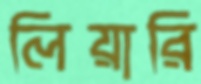
লিয়ারি